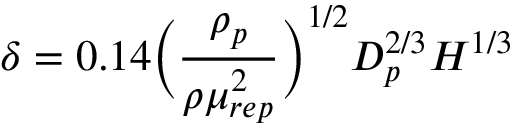
\delta = 0 . 1 4 \bigg ( \frac { \rho _ { p } } { \rho \mu _ { r e p } ^ { 2 } } \bigg ) ^ { 1 / 2 } D _ { p } ^ { 2 / 3 } H ^ { 1 / 3 }